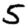
Digit: 5